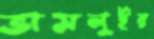
ভাসলুইর